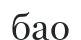
бао